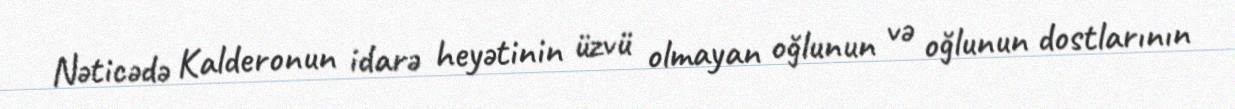
Nəticədə Kalderonun idarə heyətinin üzvü olmayan oğlunun və oğlunun dostlarının